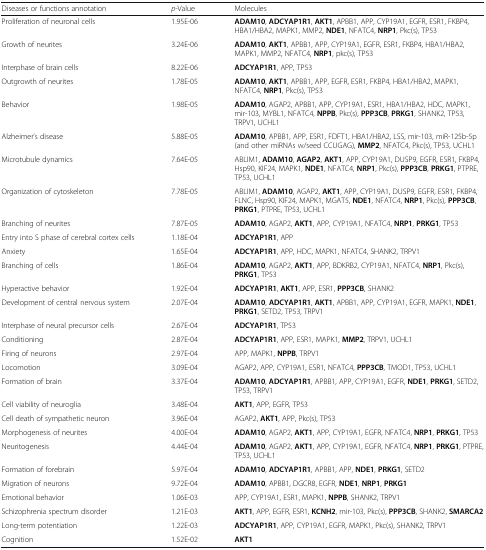
<table><thead><tr><td><b>Diseases or functions annotation</b></td><td><b><i>p</i>-Value</b></td><td><b>Molecules</b></td></tr></thead><tbody><tr><td>Proliferation of neuronal cells</td><td>1.95E-06</td><td><b>ADAM10</b>, <b>ADCYAP1R1</b>, <b>AKT1</b>, APBB1, APP, CYP19A1, EGFR, ESR1, FKBP4, HBA1/HBA2, MAPK1, MMP2, <b>NDE1</b>, NFATC4, <b>NRP1</b>, Pkc(s), TP53</td></tr><tr><td>Growth of neurites</td><td>3.24E-06</td><td><b>ADAM10</b>, <b>AKT1</b>, APBB1, APP, CYP19A1, EGFR, ESR1, FKBP4, HBA1/HBA2, MAPK1, MMP2, NFATC4, <b>NRP1</b>, pkc(s), TP53</td></tr><tr><td>Interphase of brain cells</td><td>8.22E-06</td><td><b>ADCYAP1R1</b>, APP, TP53</td></tr><tr><td>Outgrowth of neurites</td><td>1.78E-05</td><td><b>ADAM10</b>, <b>AKT1</b>, APBB1, APP, EGFR, ESR1, FKBP4, HBA1/HBA2, MAPK1, NFATC4, <b>NRP1</b>, Pkc(s), TP53</td></tr><tr><td>Behavior</td><td>1.98E-05</td><td><b>ADAM10</b>, AGAP2, APBB1, APP, CYP19A1, ESR1, HBA1/HBA2, HDC, MAPK1, mir-103, MYBL1, NFATC4, <b>NPPB</b>, Pkc(s), <b>PPP3CB</b>, <b>PRKG1</b>, SHANK2, TP53, TRPV1, UCHL1</td></tr><tr><td>Alzheimer’s disease</td><td>5.88E-05</td><td><b>ADAM10</b>, APBB1, APP, ESR1, FDFT1, HBA1/HBA2, LSS, mir-103, miR-125b-5p (and other miRNAs w/seed CCUGAG), <b>MMP2</b>, NFATC4, Pkc(s), TP53, UCHL1</td></tr><tr><td>Microtubule dynamics</td><td>7.64E-05</td><td>ABLIM1, <b>ADAM10</b>, <b>AGAP2</b>, <b>AKT1</b>, APP, CYP19A1, DUSP9, EGFR, ESR1, FKBP4, Hsp90, KIF24, MAPK1, <b>NDE1</b>, NFATC4, <b>NRP1</b>, Pkc(s), <b>PPP3CB</b>, <b>PRKG1</b>, PTPRE, TP53, UCHL1</td></tr><tr><td>Organization of cytoskeleton</td><td>7.78E-05</td><td>ABLIM1, <b>ADAM10</b>, AGAP2, <b>AKT1</b>, APP, CYP19A1, DUSP9, EGFR, ESR1, FKBP4, FLNC, Hsp90, KIF24, MAPK1, MGAT5, <b>NDE1</b>, NFATC4, <b>NRP1</b>, Pkc(s), <b>PPP3CB</b>, <b>PRKG1</b>, PTPRE, TP53, UCHL1</td></tr><tr><td>Branching of neurites</td><td>7.87E-05</td><td><b>ADAM10</b>, AGAP2, <b>AKT1</b>, APP, CYP19A1, NFATC4, <b>NRP1</b>, <b>PRKG1</b>, TP53</td></tr><tr><td>Entry into S phase of cerebral cortex cells</td><td>1.18E-04</td><td><b>ADCYAP1R1</b>, APP</td></tr><tr><td>Anxiety</td><td>1.65E-04</td><td><b>ADCYAP1R1</b>, APP, HDC, MAPK1, NFATC4, SHANK2, TRPV1</td></tr><tr><td>Branching of cells</td><td>1.86E-04</td><td><b>ADAM10</b>, AGAP2, <b>AKT1</b>, APP, BDKRB2, CYP19A1, NFATC4, <b>NRP1</b>, Pkc(s), <b>PRKG1</b>, TP53</td></tr><tr><td>Hyperactive behavior</td><td>1.92E-04</td><td><b>ADCYAP1R1</b>, <b>AKT1</b>, APP, ESR1, <b>PPP3CB</b>, SHANK2</td></tr><tr><td>Development of central nervous system</td><td>2.07E-04</td><td><b>ADAM10</b>, <b>ADCYAP1R1</b>, <b>AKT1</b>, APBB1, APP, CYP19A1, EGFR, MAPK1, <b>NDE1</b>, <b>PRKG1</b>, SETD2, TP53, TRPV1</td></tr><tr><td>Interphase of neural precursor cells</td><td>2.67E-04</td><td><b>ADCYAP1R1</b>, TP53</td></tr><tr><td>Conditioning</td><td>2.87E-04</td><td><b>ADCYAP1R1</b>, APP, ESR1, MAPK1, <b>MMP2</b>, TRPV1, UCHL1</td></tr><tr><td>Firing of neurons</td><td>2.97E-04</td><td>APP, MAPK1, <b>NPPB</b>, TRPV1</td></tr><tr><td>Locomotion</td><td>3.09E-04</td><td>AGAP2, APP, CYP19A1, ESR1, NFATC4, <b>PPP3CB</b>, TMOD1, TP53, UCHL1</td></tr><tr><td>Formation of brain</td><td>3.37E-04</td><td><b>ADAM10</b>, <b>ADCYAP1R1</b>, APBB1, APP, CYP19A1, EGFR, <b>NDE1</b>, <b>PRKG1</b>, SETD2, TP53, TRPV1</td></tr><tr><td>Cell viability of neuroglia</td><td>3.48E-04</td><td><b>AKT1</b>, APP, EGFR, TP53</td></tr><tr><td>Cell death of sympathetic neuron</td><td>3.96E-04</td><td>AGAP2, <b>AKT1</b>, APP, Pkc(s), TP53</td></tr><tr><td>Morphogenesis of neurites</td><td>4.00E-04</td><td><b>ADAM10</b>, AGAP2, <b>AKT1</b>, APP, CYP19A1, EGFR, NFATC4, <b>NRP1</b>, <b>PRKG1</b>, TP53</td></tr><tr><td>Neuritogenesis</td><td>4.44E-04</td><td><b>ADAM10</b>, AGAP2, <b>AKT1</b>, APP, CYP19A1, EGFR, NFATC4, <b>NRP1</b>, <b>PRKG1</b>, PTPRE, TP53, UCHL1</td></tr><tr><td>Formation of forebrain</td><td>5.97E-04</td><td><b>ADAM10</b>, <b>ADCYAP1R1</b>, APBB1, APP, <b>NDE1</b>, <b>PRKG1</b>, SETD2</td></tr><tr><td>Migration of neurons</td><td>9.72E-04</td><td><b>ADAM10</b>, APBB1, DGCR8, EGFR, <b>NDE1</b>, <b>NRP1</b>, <b>PRKG1</b></td></tr><tr><td>Emotional behavior</td><td>1.06E-03</td><td>APP, CYP19A1, ESR1, MAPK1, <b>NPPB</b>, SHANK2, TRPV1</td></tr><tr><td>Schizophrenia spectrum disorder</td><td>1.21E-03</td><td><b>AKT1</b>, APP, EGFR, ESR1, <b>KCNH2</b>, mir-103, Pkc(s), <b>PPP3CB</b>, SHANK2, <b>SMARCA2</b></td></tr><tr><td>Long-term potentiation</td><td>1.22E-03</td><td><b>ADCYAP1R1</b>, APP, CYP19A1, EGFR, MAPK1, Pkc(s), SHANK2, TRPV1</td></tr><tr><td>Cognition</td><td>1.52E-02</td><td><b>AKT1</b></td></tr></tbody></table>